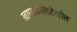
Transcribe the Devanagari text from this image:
खाण्याकरितादेखील